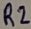
Text: R2